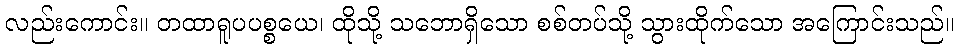
လည်းကောင်း။ တထာရူပပစ္စယေ၊ ထိုသို့ သဘောရှိသော စစ်တပ်သို့ သွားထိုက်သော အကြောင်းသည်။